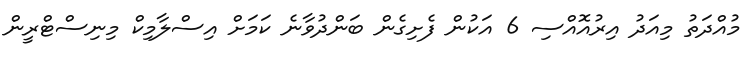
މުއްދަތު މިއަދު އިރުއޮއްސި 6 އަކުން ފެށިގެން ބަންދުވާނެ ކަމަށް އިސްލާމިކް މިނިސްޓްރީން